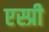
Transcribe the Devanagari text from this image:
एस्प्री